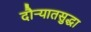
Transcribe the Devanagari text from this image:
दौर्‍यातसुद्धा